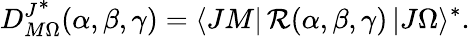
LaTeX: D_{M\Omega}^{J^{\scriptstyle*}}(\alpha,\beta,\gamma)=\langle JM|\, \mathcal{R}(\alpha,\beta,\gamma)\, |J\Omega\rangle^{*}.